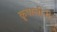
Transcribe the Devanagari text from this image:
कृपालीनी